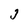
Character: j